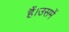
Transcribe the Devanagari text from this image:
हैं।उसमें